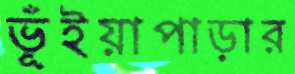
ভূঁইয়াপাড়ার